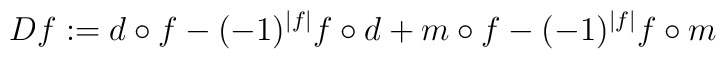
D f := d \circ f -(-1)^{|f|} f \circ d + m \circ f - (-1)^{|f|} f \circ m